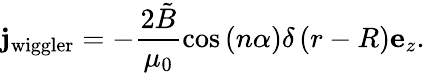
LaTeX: \mathbf{j}_{\mathrm{wiggler}}=-\frac{2\tilde{B}}{\mu_{0}}\cos\left(n\alpha\right)\delta\left(r-R\right)\mathbf{e}_{z}.